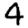
Digit: 4